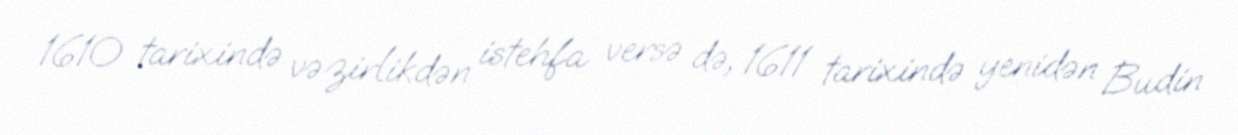
1610 tarixində vəzirlikdən istehfa versə də, 1611 tarixində yenidən Budin